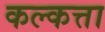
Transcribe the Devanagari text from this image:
कल्कत्ता